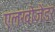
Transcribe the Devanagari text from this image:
एलखोजेंडर